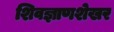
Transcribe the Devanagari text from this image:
शिवज्ञाणशेखर